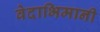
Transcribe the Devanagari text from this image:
वेदाभिमानी